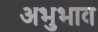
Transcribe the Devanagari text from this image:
अभुभाव